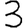
Digit: 3